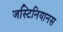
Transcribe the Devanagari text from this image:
जस्टिनियानस